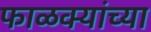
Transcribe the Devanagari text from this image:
फाळक्यांच्या